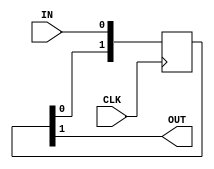
//******************************************************************************
// Crossing clock domains
// Slow clock domain: input signal
// Fast clock domain: output signal
// CLK: fast clock-domain clock
//******************************************************************************

// synopsys translate_off
`timescale 1 ns / 10 ps
// synopsys translate_on

`default_nettype none

// define the propagation delay (for simulation)
`define PD_TRIG 5
`define PD_COMB 5

module cross_domain_sig
(
 input  wire CLK,
 input  wire IN,
 output wire OUT
);

//******************************************************************************
reg [1:0] delay;

assign OUT = delay[1];

//******************************************************************************
// crossing clock-domains:
always @(posedge CLK)
  begin
   delay[1] <= delay[0];  delay[0] <= IN;
  end
  
//******************************************************************************

endmodule